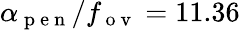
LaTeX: \alpha_{\mathrm{~p~e~n~}}/f_{\mathrm{~o~v~}}=11.36